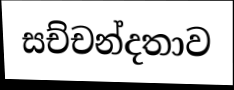
සච්චන්දතාව